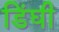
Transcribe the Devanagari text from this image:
डिंघी